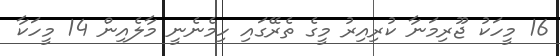
16 މީހަކު ޖޫރިމަނާ ކުރިއިރު މީގެ ތެރޭގައި ހިމެނެނީ މާލެއިން 14 މީހަކާ